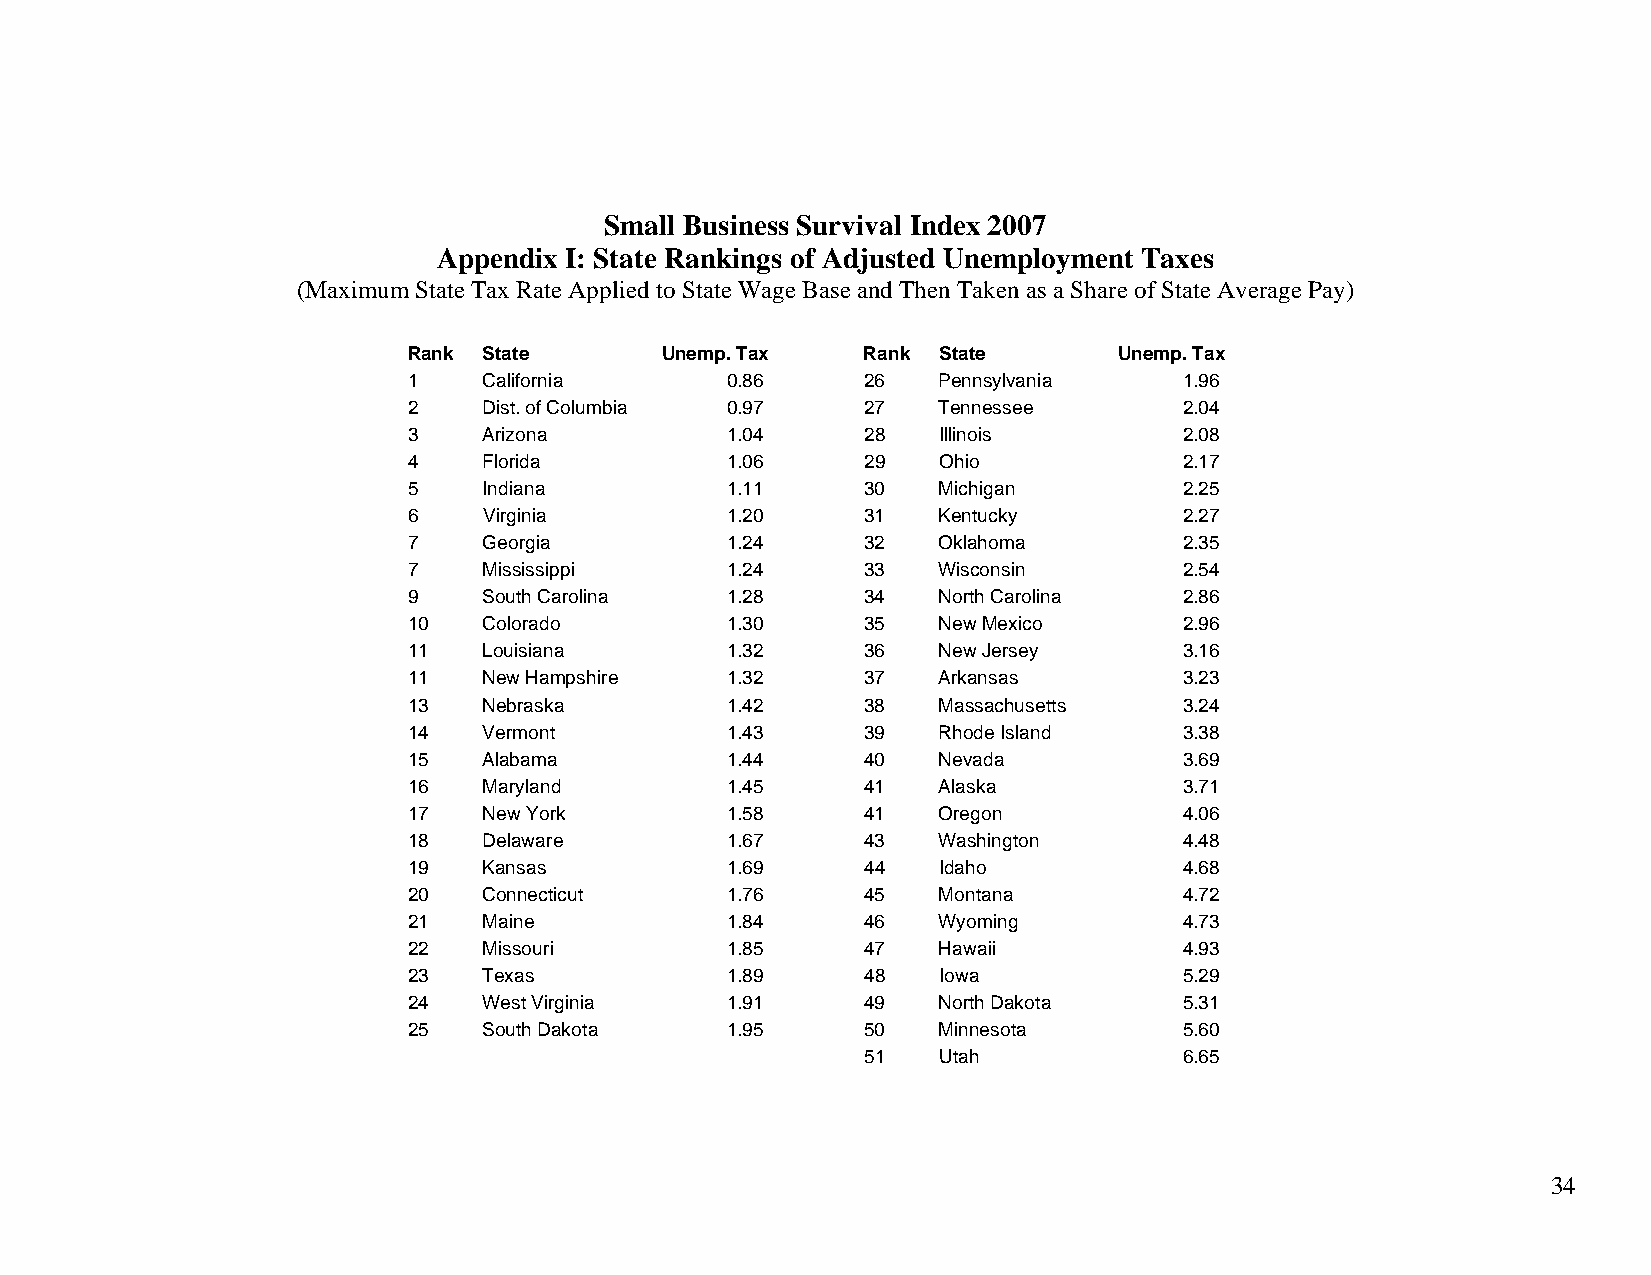
Small Business Survival Index 2007
 Appendix I: State Rankings of Adjusted Unemployment Taxes
 (Maximum State Tax Rate Applied to State Wage Base and Then Taken as a Share of State Average Pay)
 Rank State       Unemp. Tax   Rank State       Unemp. Tax
 1    California      0.86     26   Pennsylvania    1.96
 2    Dist. of Columbia 0.97   27   Tennessee       2.04
 3    Arizona         1.04     28   Illinois        2.08
 4    Florida         1.06     29   Ohio            2.17
 5    Indiana         1.11     30   Michigan        2.25
 6    Virginia        1.20     31   Kentucky        2.27
 7    Georgia         1.24     32   Oklahoma        2.35
 7    Mississippi     1.24     33   Wisconsin       2.54
 9    South Carolina  1.28     34   North Carolina  2.86
 10   Colorado        1.30     35   New Mexico      2.96
 11   Louisiana       1.32     36   New Jersey      3.16
 11   New Hampshire   1.32     37   Arkansas        3.23
 13   Nebraska        1.42     38   Massachusetts   3.24
 14   Vermont         1.43     39   Rhode Island    3.38
 15   Alabama         1.44     40   Nevada          3.69
 16   Maryland        1.45     41   Alaska          3.71
 17   New York        1.58     41   Oregon          4.06
 18   Delaware        1.67     43   Washington      4.48
 19   Kansas          1.69     44   Idaho           4.68
 20   Connecticut     1.76     45   Montana         4.72
 21   Maine           1.84     46   Wyoming         4.73
 22   Missouri        1.85     47   Hawaii          4.93
 23   Texas           1.89     48   Iowa            5.29
 24   West Virginia   1.91     49   North Dakota    5.31
 25   South Dakota    1.95     50   Minnesota       5.60
 51   Utah            6.65
 34